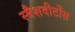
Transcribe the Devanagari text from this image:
स्मैशदीटोंस